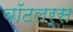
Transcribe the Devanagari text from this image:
बॉटलर्स